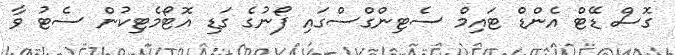
ގޮސް ޑޭޓް އެންޑް ޓައިމް ސެޓިންގްސްގައި ފޯނުގެ ގަޑި އޮޓޯމެޓިކުން ސެޓު ވާ